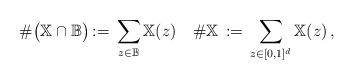
LaTeX: \begin{align*}\#\bigr(\mathbb X \cap {\mathbb B}\bigl) \,:=\, \sum_{z\in {\mathbb B}} \mathbb X(z)\quad\#{\mathbb X} \,:=\, \sum_{z\in[0,1]^d} \mathbb X(z)\,,\end{align*}